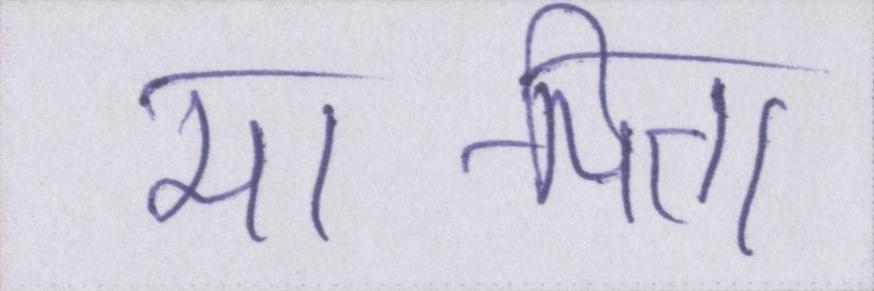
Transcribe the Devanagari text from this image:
मा-पिता